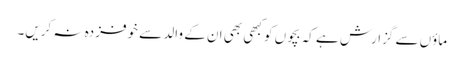
ماؤں سے گزارش ہے کہ بچوں کو کبھی بھی ان کے والد سے خوفزدہ نہ کریں۔